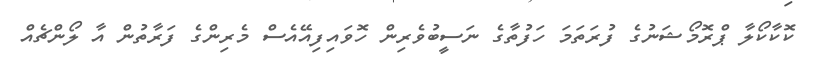
ކޮކާކޯލާ ޕްރޮމޯޝަނުގެ ފުރަތަމަ ހަފުތާގެ ނަސީބުވެރިން ހޮވައިފިއޭއެސް މެރިންގެ ފަރާތުން އާ ލޯންޗެއް